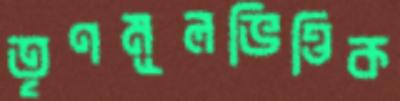
তৃণমূলভিত্তিক